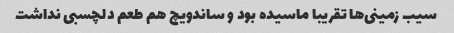
سیب زمینی‌ها تقریبا ماسیده بود و ساندویچ هم طعم دلچسبی نداشت